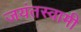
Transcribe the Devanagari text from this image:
जयंतस्वामी